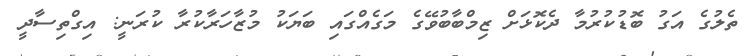
ތެލުގެ އަގު ބޮޑުކުރުމާ ދެކޮޅަށް ޒިމްބާބުވޭގެ މަގެއްގައި ބަޔަކު މުޒާހަރާކުރާ ކުރަނީ: އިގްތިސާދީ